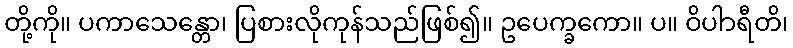
တို့ကို။ ပကာသေန္တော၊ ပြစားလိုကုန်သည်ဖြစ်၍။ ဥပေက္ခကော။ ပ။ ဝိပါာရီတိ၊